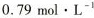
0.79mol\cdot L^{-1}